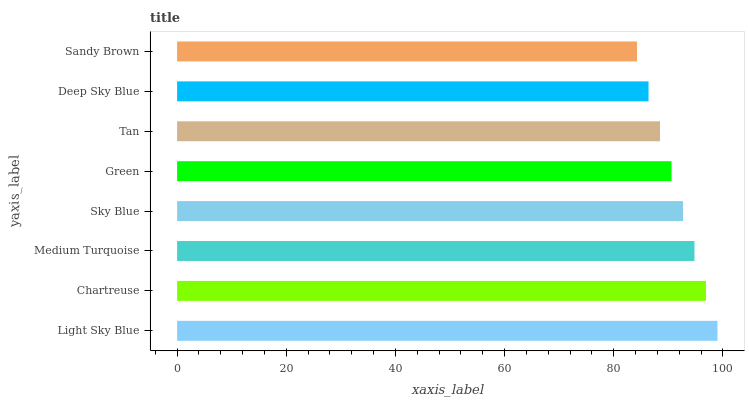
| yaxis_label | bars |
 | --- | --- |
 | Light Sky Blue | 99 |
 | Chartreuse | 96.9 |
 | Medium Turquoise | 94.8 |
 | Sky Blue | 92.7 |
 | Green | 90.6 |
 | Tan | 88.5 |
 | Deep Sky Blue | 86.4 |
 | Sandy Brown | 84.3 |